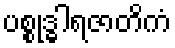
ပစ္စုဒ္ဓါရဇာတိကံ